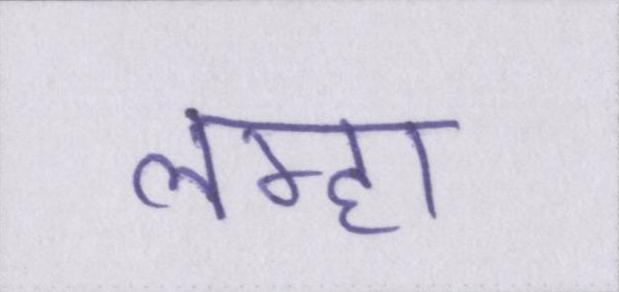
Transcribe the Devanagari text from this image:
लम्हा